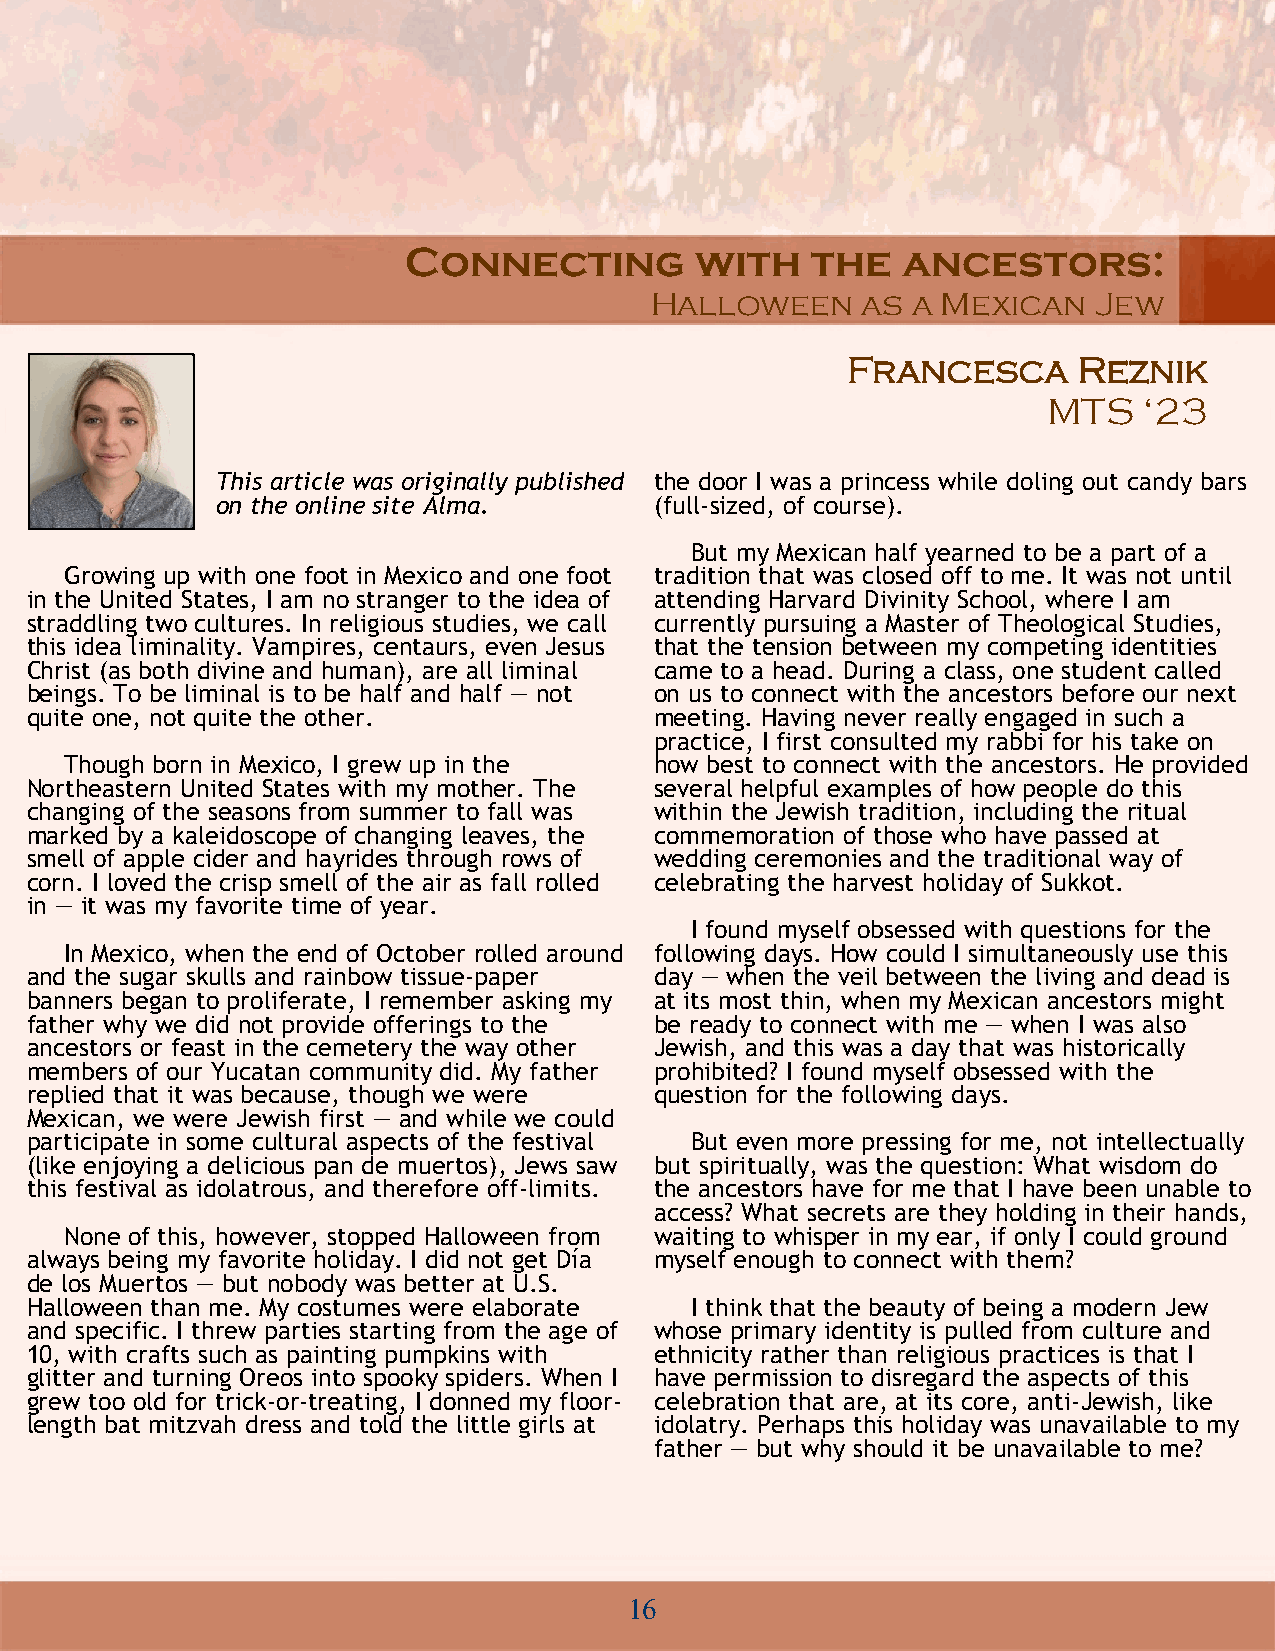
Connecting         with    the   ancestors:
 Halloween     as a Mexican   Jew
 Francesca      Reznik
 MTS    ‘23
 This article was originally published the door I was a princess while doling out candy bars
 on the online site Alma.     (full-sized, of course).
 But my Mexican half yearned to be a part of a
 Growing up with one foot in Mexico and one foot tradition that was closed off to me. It was not until
 in the United States, I am no stranger to the idea of attending Harvard Divinity School, where I am
 straddling two cultures. In religious studies, we call currently pursuing a Master of Theological Studies,
 this idea liminality. Vampires, centaurs, even Jesus that the tension between my competing identities
 Christ (as both divine and human), are all liminal came to a head. During a class, one student called
 beings. To be liminal is to be half and half — not on us to connect with the ancestors before our next
 quite one, not quite the other.          meeting. Having never really engaged in such a
 practice, I first consulted my rabbi for his take on
 Though born in Mexico, I grew up in the how best to connect with the ancestors. He provided
 Northeastern United States with my mother. The several helpful examples of how people do this
 changing of the seasons from summer to fall was within the Jewish tradition, including the ritual
 marked by a kaleidoscope of changing leaves, the commemoration of those who have passed at
 smell of apple cider and hayrides through rows of wedding ceremonies and the traditional way of
 corn. I loved the crisp smell of the air as fall rolled celebrating the harvest holiday of Sukkot.
 in — it was my favorite time of year.
 I found myself obsessed with questions for the
 In Mexico, when the end of October rolled around following days. How could I simultaneously use this
 and the sugar skulls and rainbow tissue-paper day — when the veil between the living and dead is
 banners began to proliferate, I remember asking my at its most thin, when my Mexican ancestors might
 father why we did not provide offerings to the be ready to connect with me — when I was also
 ancestors or feast in the cemetery the way other Jewish, and this was a day that was historically
 members of our Yucatan community did. My father prohibited? I found myself obsessed with the
 replied that it was because, though we were question for the following days.
 Mexican, we were Jewish first — and while we could
 participate in some cultural aspects of the festival But even more pressing for me, not intellectually
 (like enjoying a delicious pan de muertos), Jews saw but spiritually, was the question: What wisdom do
 this festival as idolatrous, and therefore off-limits. the ancestors have for me that I have been unable to
 access? What secrets are they holding in their hands,
 None of this, however, stopped Halloween from waiting to whisper in my ear, if only I could ground
 always being my favorite holiday. I did not get Día myself enough to connect with them?
 de los Muertos — but nobody was better at U.S.
 Halloween than me. My costumes were elaborate I think that the beauty of being a modern Jew
 and specific. I threw parties starting from the age of whose primary identity is pulled from culture and
 10, with crafts such as painting pumpkins with ethnicity rather than religious practices is that I
 glitter and turning Oreos into spooky spiders. When I have permission to disregard the aspects of this
 grew too old for trick-or-treating, I donned my floor- celebration that are, at its core, anti-Jewish, like
 length bat mitzvah dress and told the little girls at idolatry. Perhaps this holiday was unavailable to my
 father — but why should it be unavailable to me?
 16